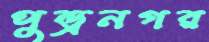
পুন্ড্রনগর